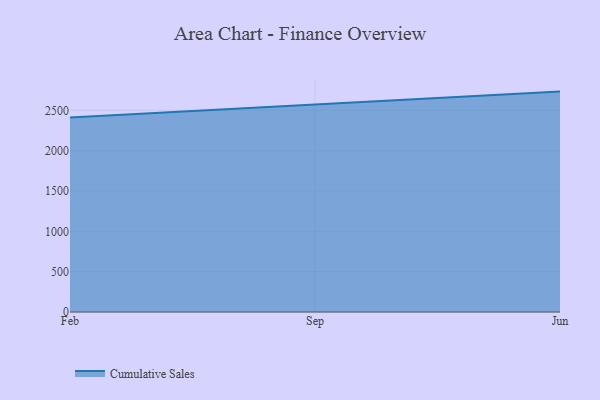
{"axis": {"x": "Month", "y": "Customer Acquisition Cost (USD)"}, "legend": ["Cumulative Sales"], "data": [{"x": "Feb", "y": 2411.9, "type": "Cumulative Sales"}, {"x": "Sep", "y": 2569.0, "type": "Cumulative Sales"}, {"x": "Jun", "y": 2731.9, "type": "Cumulative Sales"}]}